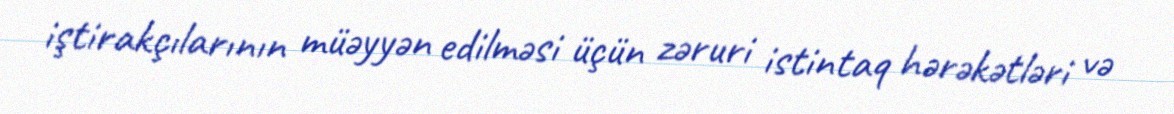
iştirakçılarının müəyyən edilməsi üçün zəruri istintaq hərəkətləri və